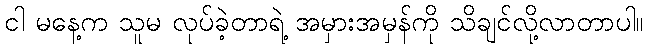
ငါ မနေ့က သူမ လုပ်ခဲ့တာရဲ့ အမှားအမှန်ကို သိချင်လို့လာတာပါ။